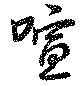
喧